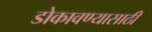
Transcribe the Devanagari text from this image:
डोकावण्यासाठी